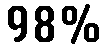
98%